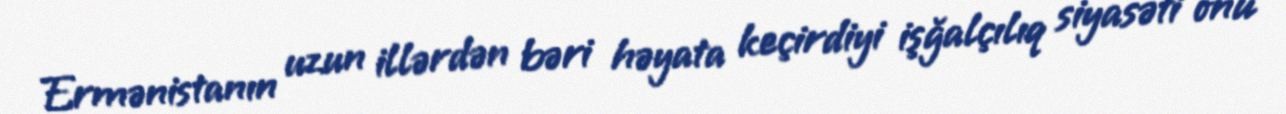
Ermənistanın uzun illərdən bəri həyata keçirdiyi işğalçılıq siyasəti onu